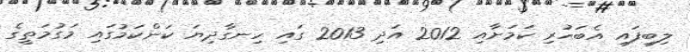
ލިބިފައި އެބަހުރި ކަމަށާއި 2012 އަދި 2013 ގައި ހިނގާދިޔަ ކަންކަމުގައި މަގުމަތީގެ